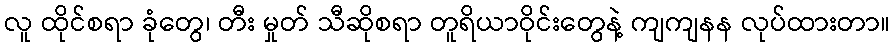
လူ ထိုင်စရာ ခုံတွေ၊ တီး မှုတ် သီဆိုစရာ တူရိယာဝိုင်းတွေနဲ့ ကျကျနန လုပ်ထားတာ။